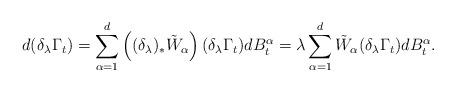
LaTeX: \begin{align*}d(\delta_{\lambda}\Gamma_{t}) & =\sum_{\alpha=1}^{d}\left((\delta_{\lambda})_{*}\tilde{W}_{\alpha}\right)(\delta_{\lambda}\Gamma_{t})dB_{t}^{\alpha} =\lambda\sum_{\alpha=1}^{d}\tilde{W}_{\alpha}(\delta_{\lambda}\Gamma_{t})dB_{t}^{\alpha}.\end{align*}